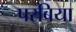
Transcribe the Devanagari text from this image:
परबिया